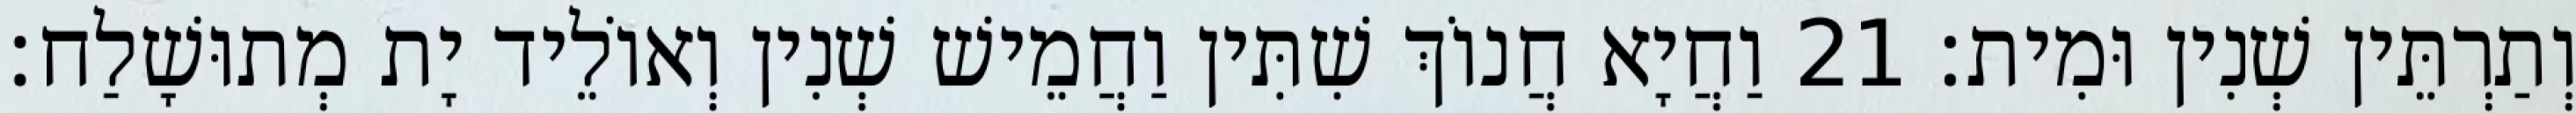
וְתַרְתֵּין שְׁנִין וּמִית׃ 21 וַחֲיָא חֲנוֹךְ שִׁתִּין וַחֲמֵישׁ שְׁנִין וְאוֹלֵיד יָת מְתוּשָׁלַח׃